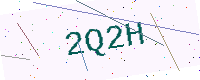
Text: 2Q2H